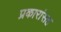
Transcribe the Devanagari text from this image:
प्रकारांसह